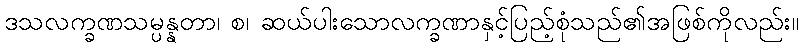
ဒသလက္ခဏသမ္ပန္နတာ၊ စ၊ ဆယ်ပါးသောလက္ခဏာနှင့်ပြည့်စုံသည်၏အဖြစ်ကိုလည်း။